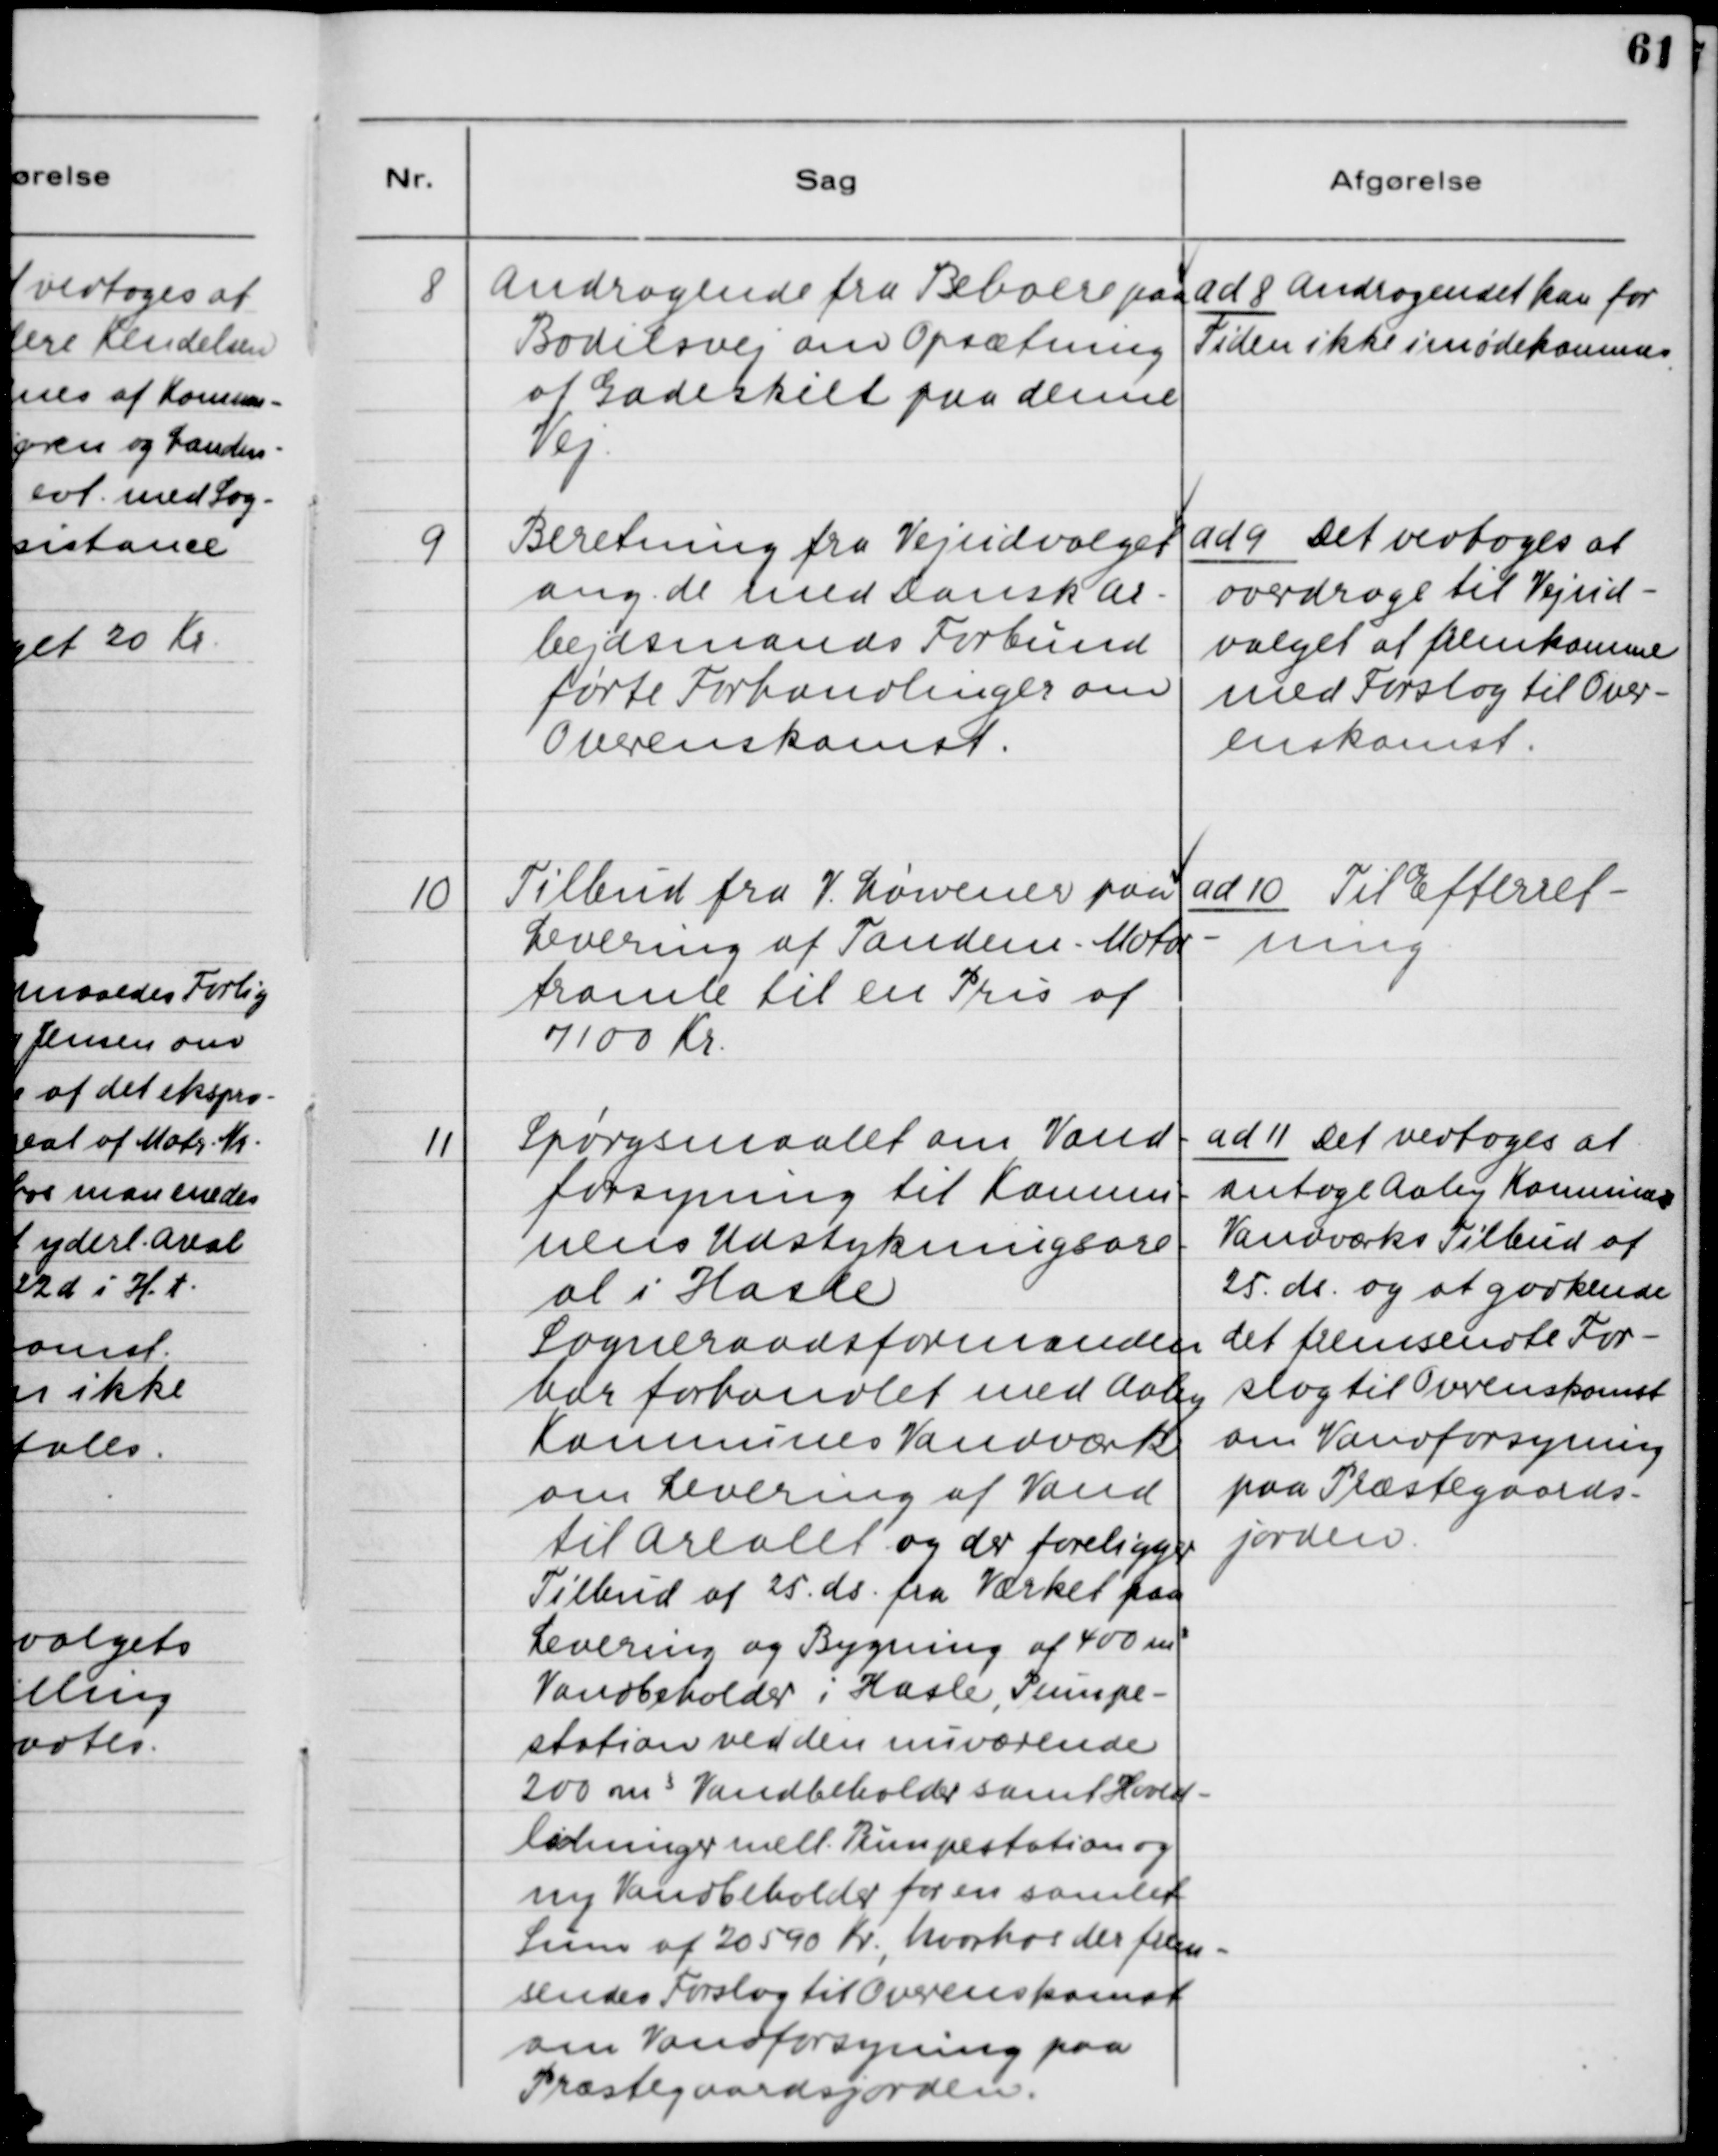
Transskription:
8. Andragende fra Beboere paa
Bodilsvej om Opsætning
af Gadeskilt paa denne
Vej.

ad 8. Andragendet kan for
Tiden ikke imødekommes.

9. Beretning fra Vejudvalget
ang. de med Dansk Ar-
bejdsmands Forbund
førte Forhandlinger om
Overenskomst.

ad 9. Det vedtoges at
overdrage til Vejud-
valget at fremkomme
med Forslag til Over-
enskomst.

10. Tilbud fra V. Løwener paa
Levering af Tandem - Motor-
tromle til en Pris af
7100 Kr.

ad 10. Til Efterret-
ning.

11. Spørgsmaalet om Vand-
forsyning til Kommu-
nens Udstykningsare-
al i Hasle.
Sogneraadsformanden
har forhandlet med Aaby
Kommunes Vandværk
om Levering af Vand
til Arealet og der foreligger
Tilbud af 25. ds. fra Værket paa
Levering og Bygning af 400 m3
Vandbeholder i Hasle, Pumpe-
station ved den nuværende
200 m3 Vandbeholder samt Hoved-
ledninger mell. Pumpestation og
ny Vandbeholder for en samlet
Sum af 20590 Kr., hvorhos der frem
sendes Forslag til Overenskomst
om Vandforsyning paa
Præstegaardsjorden.

ad 11. Det vedtoges at
antage Aaby Kommunes
Vandværks Tilbud af
25. ds. og at godkende
det fremsendte For-
slag til Overenskomst
om Vandforsyning-
på Præstegaards-
jorden.